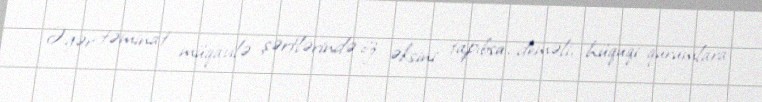
Əgər təminat müqavilə şərtlərində öz əksini tapıbsa, deməli, hüquqi qurumlara